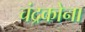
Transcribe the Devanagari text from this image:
चंद्रकोना